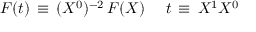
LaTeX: { \cal F } ( t ) \, \equiv \, ( X ^ { 0 } ) ^ { - 2 } \, F ( X ) \, \quad \, t \, \equiv \, { \o { X ^ { 1 } } { X ^ { 0 } } }